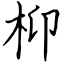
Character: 枊